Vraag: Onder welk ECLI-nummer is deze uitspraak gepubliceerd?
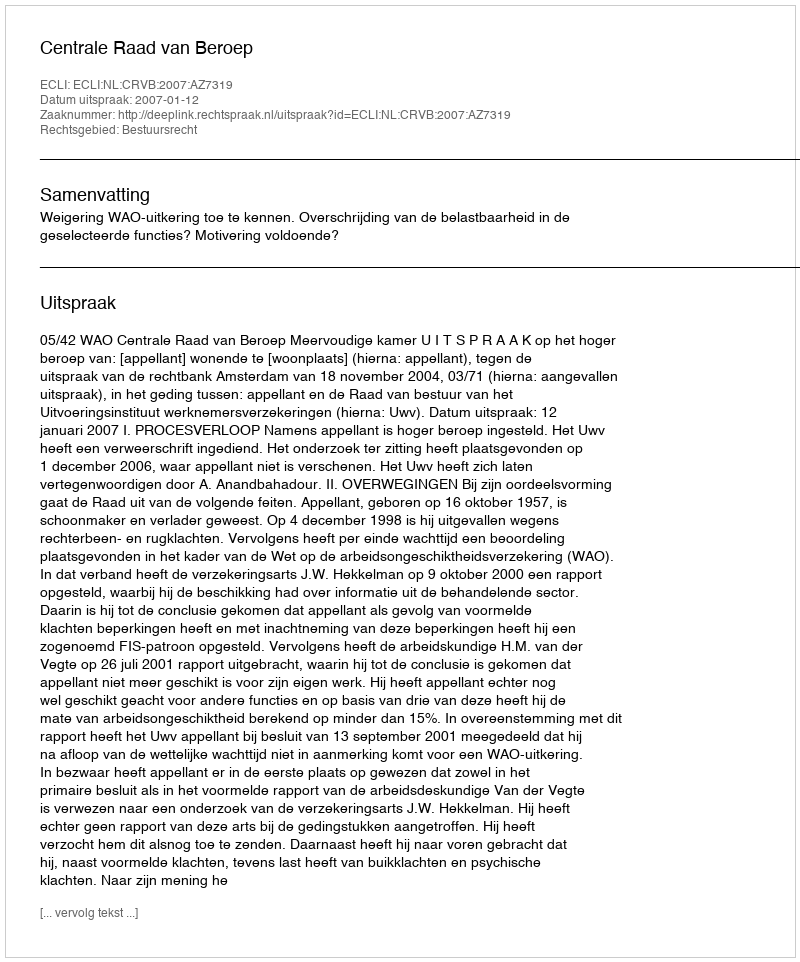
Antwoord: ECLI:NL:CRVB:2007:AZ7319